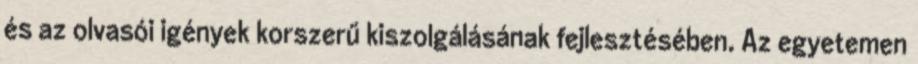
és az olvasói igények korszerű kiszolgálásának fejlesztésében. Az egyetemen